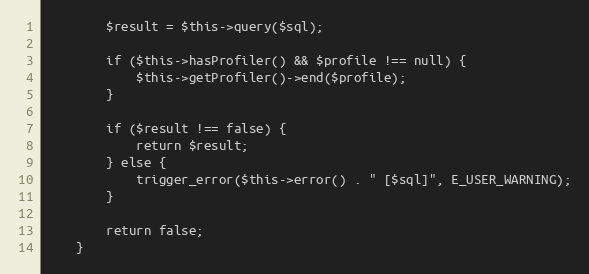
Language: PHP
        $result = $this->query($sql);

        if ($this->hasProfiler() && $profile !== null) {
            $this->getProfiler()->end($profile);
        }

        if ($result !== false) {
            return $result;
        } else {
            trigger_error($this->error() . " [$sql]", E_USER_WARNING);
        }

        return false;
    }